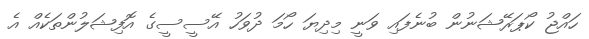
ހައްޖު ކޯޕަރޭޝަނުން ބުނެފައި ވަނީ މިދިޔަ ހޯމަ ދުވަހު އޭސީސީގެ އޮފިޝަލުންތަކެއް އެ